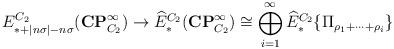
LaTeX: \begin{align*} E^{C_2}_{*+|n\sigma|-n\sigma}(\mathbf{CP}^\infty_{C_2}) \to \widehat{E}^{C_2}_*(\mathbf{CP}^\infty_{C_2}) \cong \bigoplus_{i=1}^\infty \widehat{E}^{C_2}_*\{ \Pi_{\rho_1 + \cdots + \rho_i}\} \end{align*}